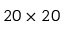
2 0 \times 2 0